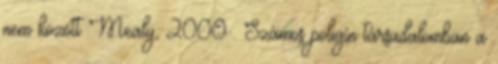
nem között Mealy, 2000 . Számos poligín társadalomban a